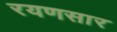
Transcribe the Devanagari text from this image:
रयणसार